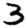
Digit: 3